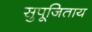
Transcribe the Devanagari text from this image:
सुपूजिताय